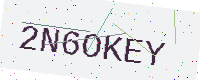
Text: 2N6OKEY